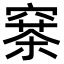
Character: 𥧣